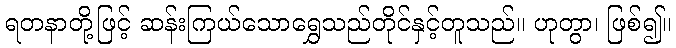
ရတနာတို့ဖြင့် ဆန်းကြယ်သောရွှေသည်တိုင်နှင့်တူသည်။ ဟုတွာ၊ ဖြစ်၍။